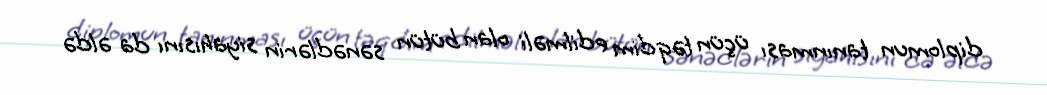
diplomun tanınması üçün təqdim edilməli olan bütün sənədlərin siyahısını da əldə